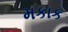
મકાક